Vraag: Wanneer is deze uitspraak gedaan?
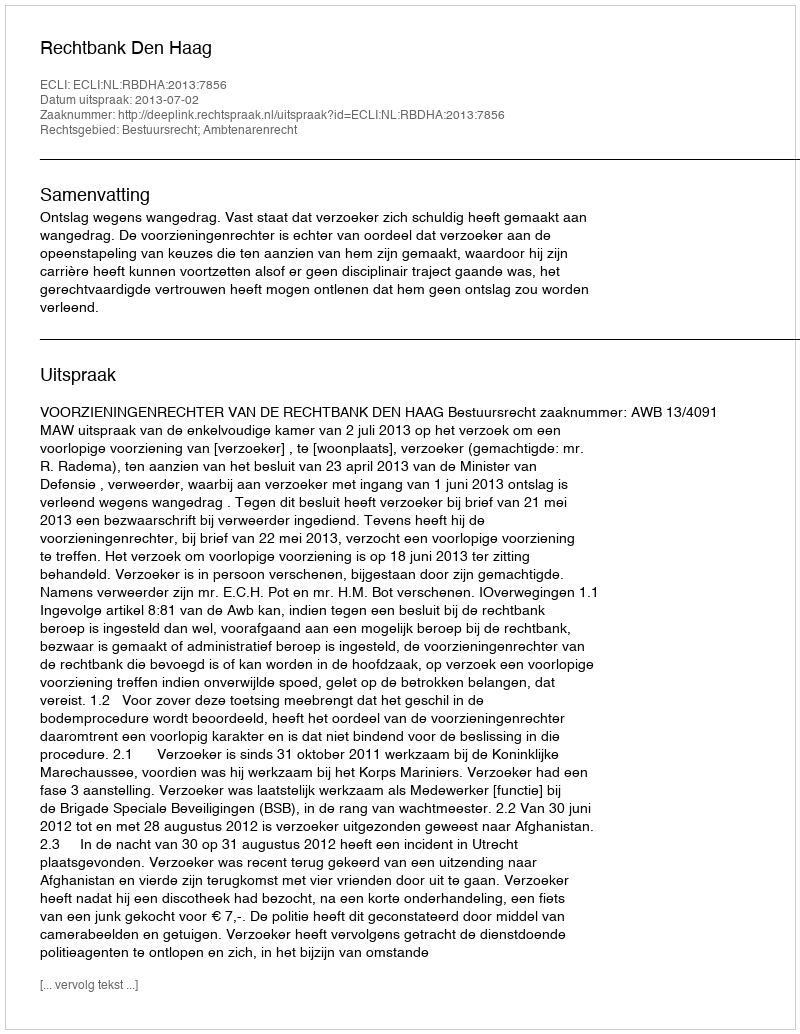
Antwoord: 2013-07-02